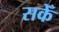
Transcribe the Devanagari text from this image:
सकेँ